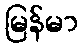
မြန်မာ